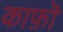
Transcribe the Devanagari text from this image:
काफ़ॊ